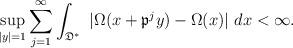
LaTeX: \begin{align*} \sup_{|y|=1} \sum\limits_{j=1}^{\infty} \int_{\mathfrak{D}^*}~ |\Omega(x+\mathfrak{p}^jy) - \Omega(x)|~ dx < \infty.\end{align*}